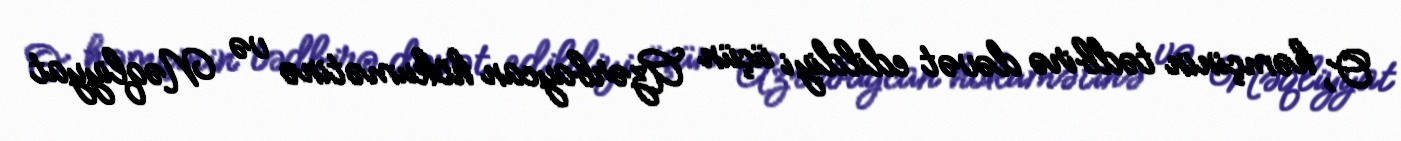
O, həmçinin tədbirə dəvət edildiyi üçün Azərbaycan hökumətinə və Nəqliyyat